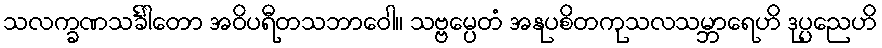
သလက္ခဏသင်္ခါတော အဝိပရီတသဘာဝေါ။ သဗ္ဗမ္ပေတံ အနုပစိတကုသလသမ္ဘာရေဟိ ဒုပ္ပညေဟိ